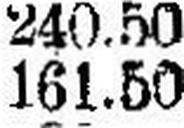
161.50